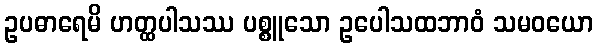
ဥပဓာရေမိ ဟတ္ထပါသဿ ပစ္စူသော ဥပေါသထဘာဝံ သမဝယော